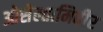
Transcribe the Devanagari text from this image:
ओसेल्तामिवीर